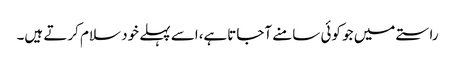
راستے میں جو کوئی سامنے آجاتاہے،اسے پہلے خود سلام کرتے ہیں۔